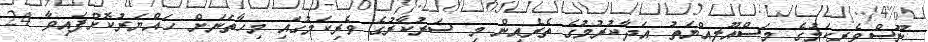
ނޫސްވެރިކަމުގެ މަސްއޫލިއްޔަތު އަދާކުރުމުގެ ތެރެއިން މި ސަރުކާރުގެ ވެރިކަމުގައި މިހާތަނަށް ހައްޔަރުކޮށްފައިވާ 24